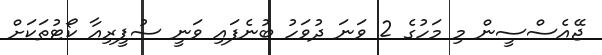
ޖޭއެސްސީން މި މަހުގެ 2 ވަނަ ދުވަހު ބުނެފައި ވަނީ ސުޕީރިއާ ކޯޓުތަކަށް